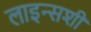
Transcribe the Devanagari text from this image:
लाइन्सशी